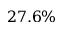
2 7 . 6 \%